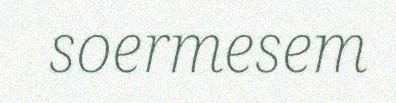
soermesem